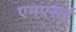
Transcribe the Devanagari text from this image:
एमएसई